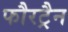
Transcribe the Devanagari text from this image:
फौरट्रैन